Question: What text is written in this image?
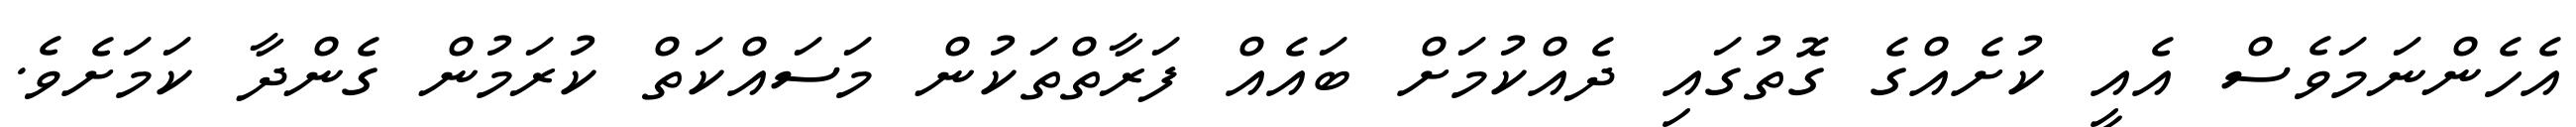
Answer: އެހެންނަމަވެސް އެއީ ކުށެއްގެ ގޮތުގައި ދެއްކުމަށް ބައެއް ފަރާތްތަކުން މަސައްކަތް ކުރަމުން ގެންދާ ކަމަށެވެ.